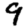
Digit: 9